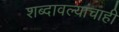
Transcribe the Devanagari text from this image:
शब्दावल्यांचाही